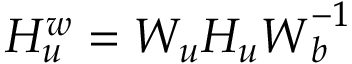
\boldsymbol { H _ { u } ^ { w } } = \boldsymbol { W _ { u } } \boldsymbol { H _ { u } } \boldsymbol { W } _ { \boldsymbol { b } } ^ { - 1 }